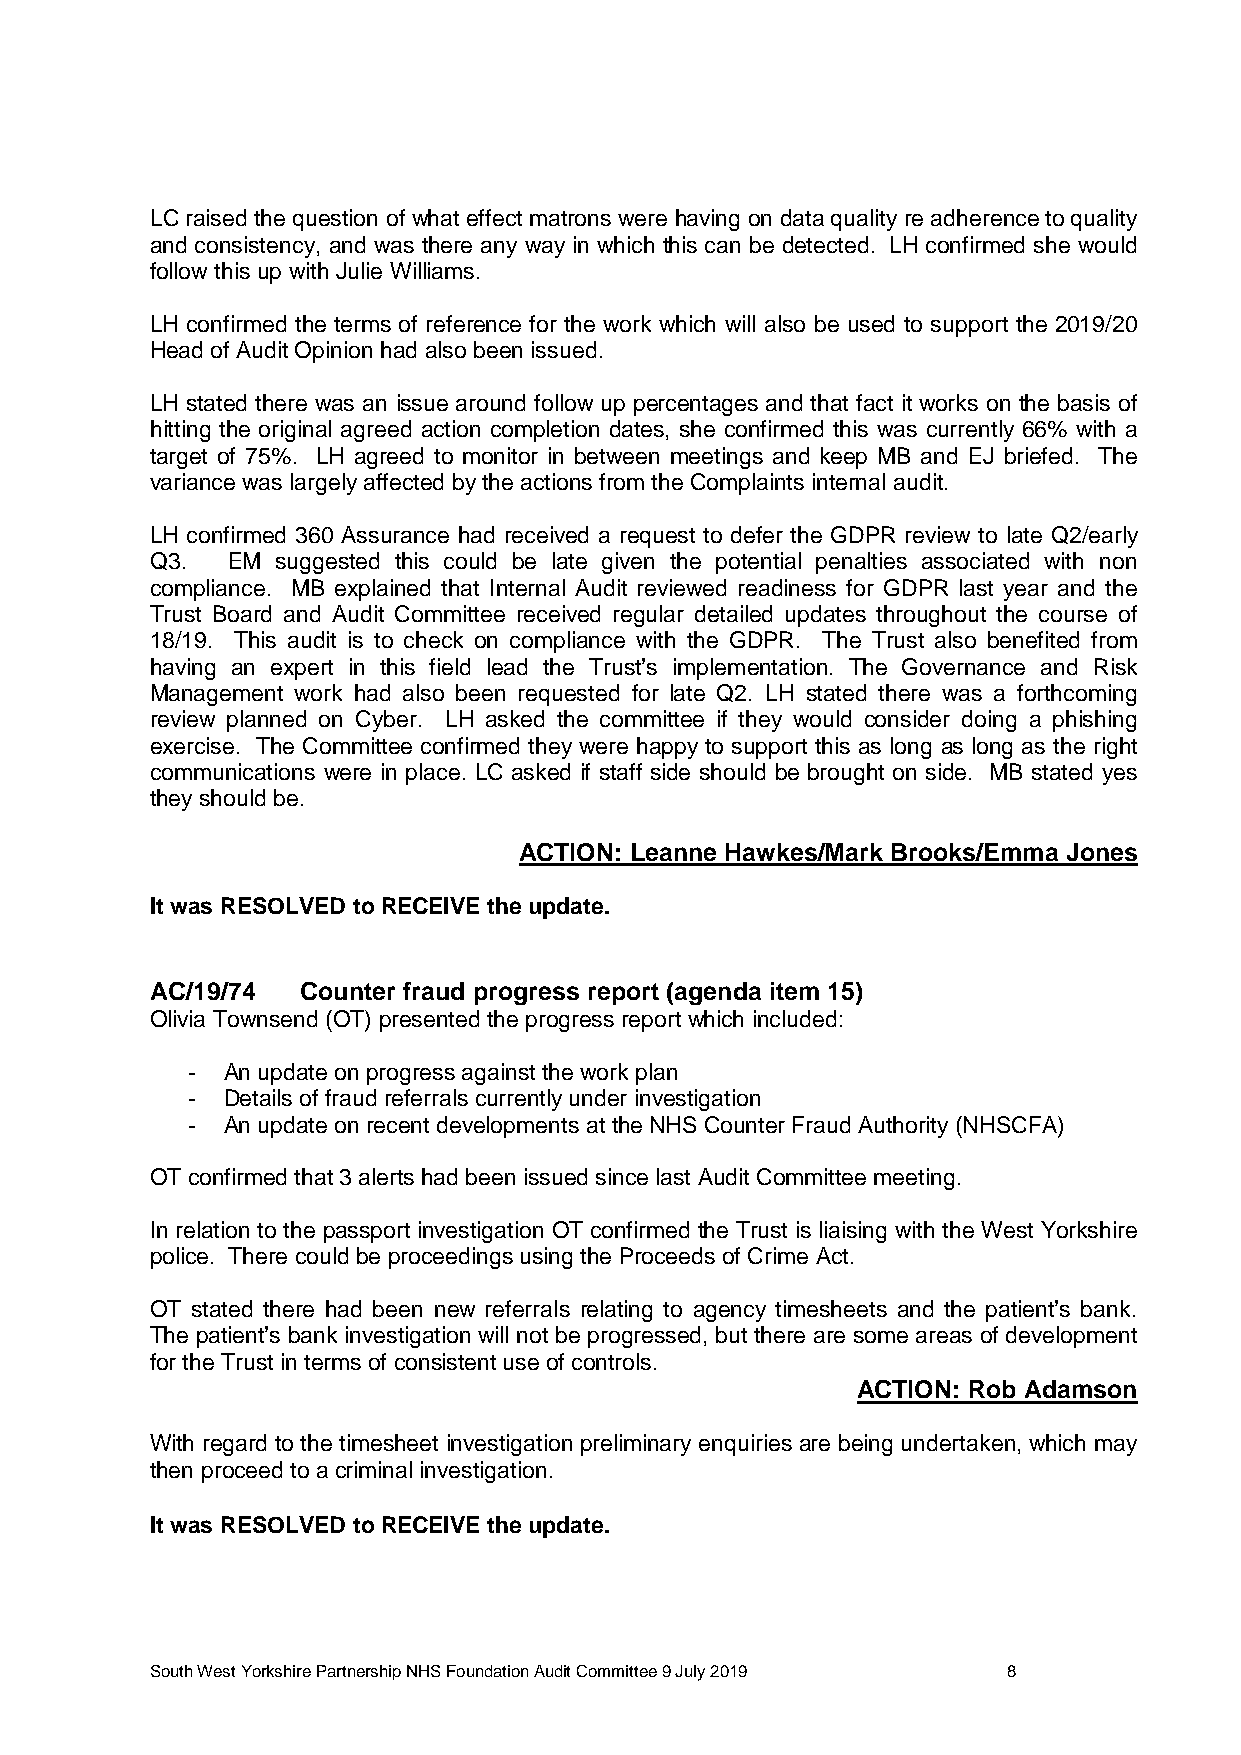
LC raised the question of what effect matrons were having on data quality re adherence to quality
 and consistency, and was there any way in which this can be detected. LH confirmed she would
 follow this up with Julie Williams.
 LH confirmed the terms of reference for the work which will also be used to support the 2019/20
 Head of Audit Opinion had also been issued.
 LH stated there was an issue around follow up percentages and that fact it works on the basis of
 hitting the original agreed action completion dates, she confirmed this was currently 66% with a
 target of 75%. LH agreed to monitor in between meetings and keep MB and EJ briefed. The
 variance was largely affected by the actions from the Complaints internal audit.
 LH confirmed 360 Assurance had received a request to defer the GDPR review to late Q2/early
 Q3.  EM suggested this could be late given the potential penalties associated with non
 compliance. MB explained that Internal Audit reviewed readiness for GDPR last year and the
 Trust Board and Audit Committee received regular detailed updates throughout the course of
 18/19. This audit is to check on compliance with the GDPR. The Trust also benefited from
 having an expert in this field lead the Trust’s implementation. The Governance and Risk
 Management work had also been requested for late Q2. LH stated there was a forthcoming
 review planned on Cyber. LH asked the committee if they would consider doing a phishing
 exercise. The Committee confirmed they were happy to support this as long as long as the right
 communications were in place. LC asked if staff side should be brought on side. MB stated yes
 they should be.
 ACTION: Leanne Hawkes/Mark Brooks/Emma Jones
 It was RESOLVED to RECEIVE the update.
 AC/19/74  Counter fraud progress report (agenda item 15)
 Olivia Townsend (OT) presented the progress report which included:
 -  An update on progress against the work plan
 -  Details of fraud referrals currently under investigation
 -  An update on recent developments at the NHS Counter Fraud Authority (NHSCFA)
 OT confirmed that 3 alerts had been issued since last Audit Committee meeting.
 In relation to the passport investigation OT confirmed the Trust is liaising with the West Yorkshire
 police. There could be proceedings using the Proceeds of Crime Act.
 OT stated there had been new referrals relating to agency timesheets and the patient’s bank.
 The patient’s bank investigation will not be progressed, but there are some areas of development
 for the Trust in terms of consistent use of controls.
 ACTION: Rob Adamson
 With regard to the timesheet investigation preliminary enquiries are being undertaken, which may
 then proceed to a criminal investigation.
 It was RESOLVED to RECEIVE the update.
 South West Yorkshire Partnership NHS Foundation Audit Committee 9 July 2019 8